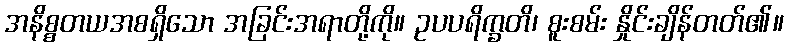
အနိစ္စတယအစရှိသော အခြင်းအရာတို့ကို။ ဥပပရိက္ခတိ၊ စူးစမ်း နှိုင်းချိန်တတ်၏။